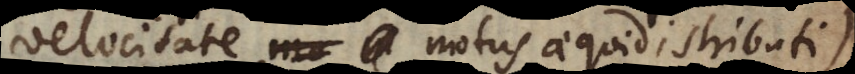
velocitate motus aequidistributi),